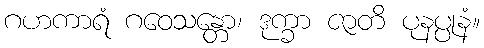
ဂဟကာရံ ဂဝေသန္တော၊ ဒုက္ခာ ဇာတိ ပုနပ္ပုနံ။